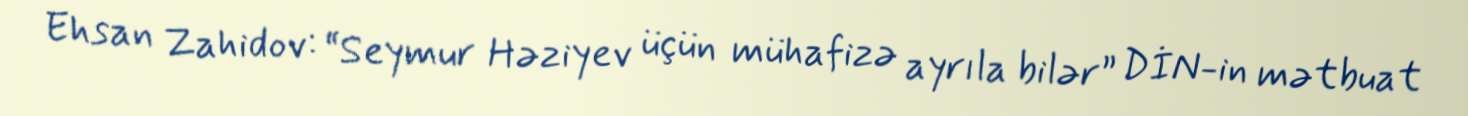
Ehsan Zahidov: “Seymur Həziyev üçün mühafizə ayrıla bilər” DİN-in mətbuat